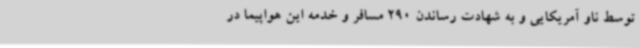
توسط ناو آمریکایی و به شهادت رساندن 290 مسافر و خدمه این هواپیما در